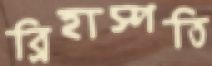
ব্রিহাস্পতি